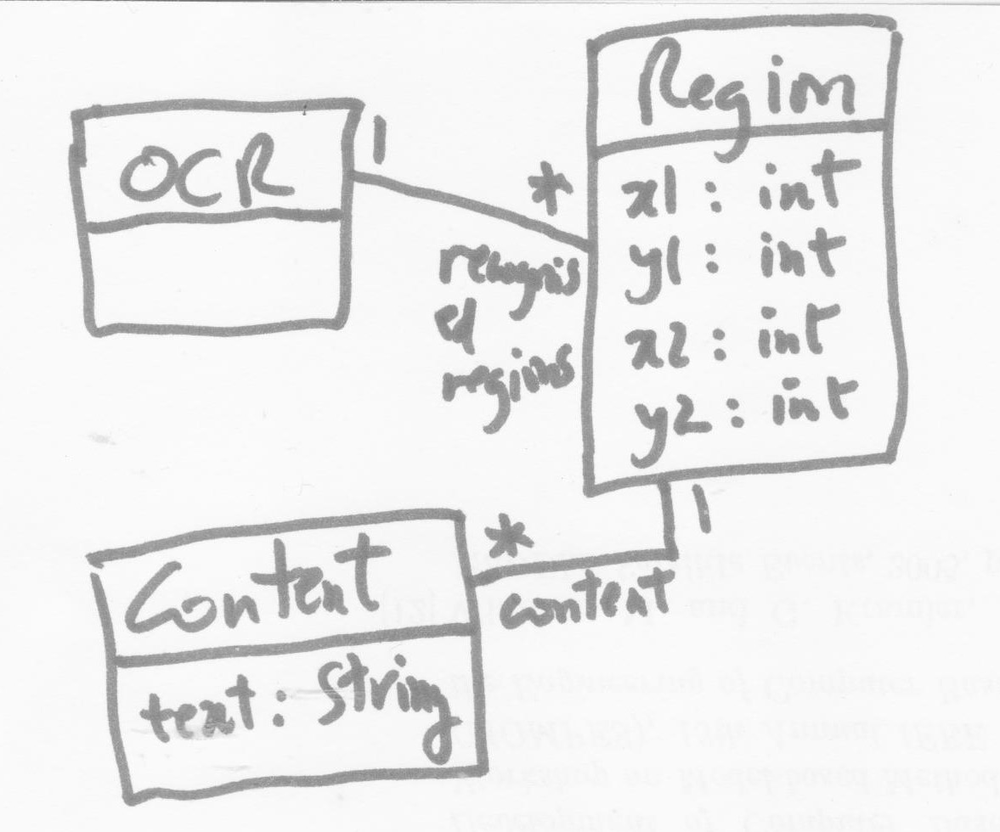
Diagram type: class_diagram
```plantuml
@startuml

class OCR

class Region {
  x1: int
  y1: int
  x1: int
  y2: int
}

class Content {
  text: String
}

OCR "1" -- "recognized regions *" Region
Region "1" -- "content *" Content

@enduml
```